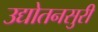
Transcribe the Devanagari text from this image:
उद्योतनसुरी